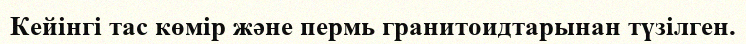
Кейінгі тас көмір және пермь гранитоидтарынан түзілген.